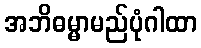
အဘိဓမ္မာမည်ပုံဂါထာ